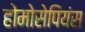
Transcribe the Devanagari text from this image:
होमोसेपियंस